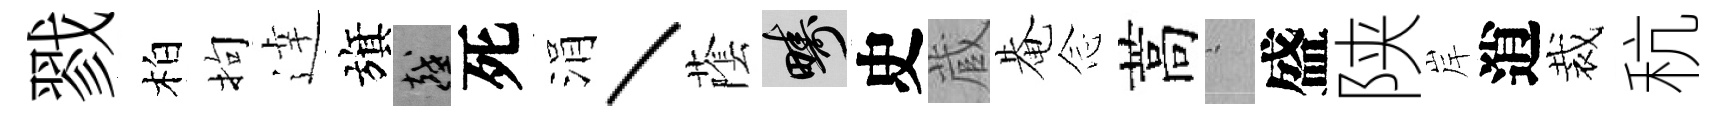
戮柏拘逹旗越死涓丶䕃疇史蔵𤲅𫝹蒿搖盛陕岸逍裁秔